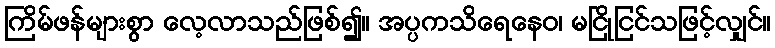
ကြိမ်ဖန်များစွာ လေ့လာသည်ဖြစ်၍။ အပ္ပကသိရေနေဝ၊ မငြိုငြင်သဖြင့်လျှင်။